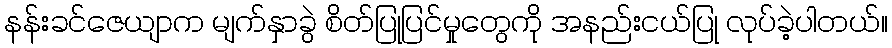
နန်းခင်ဇေယျာက မျက်နှာခွဲ စိတ်ပြုပြင်မှုတွေကို အနည်းငယ်ပြု လုပ်ခဲ့ပါတယ်။